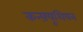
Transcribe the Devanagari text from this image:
कन्फ़्यूशियन